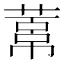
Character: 𦻋